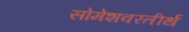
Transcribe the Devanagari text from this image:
सोमेशवरतीर्थ